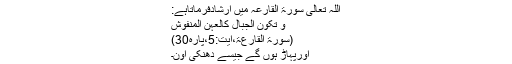
اللہ تعالیٰ سورۃ القارعہ میں ارشادفرماتاہے:
وَ تَکُوْنُ الْجِبَالُ کَالْعِہْنِ الْمَنْفُوْشِ
(سورۃ القارعۃ،آیت:5،پارہ30)
اورپہاڑ ہوں گے جیسے دھنکی اون۔